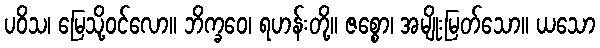
ပဝိသ၊ မြေသို့ဝင်လော။ ဘိက္ခဝေ၊ ရဟန်းတို့။ ဇစ္စော၊ အမျိုးမြတ်သော။ ယသော